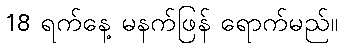
18 ရက်နေ့ မနက်ဖြန် ရောက်မည်။